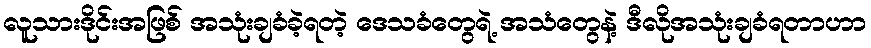
လူသားဒိုင်းအဖြစ် အသုံးချခံခဲ့ရတဲ့ ဒေသခံတွေရဲ့ အသံတွေနဲ့ ဒီလိုအသုံးချခံရတာဟာ